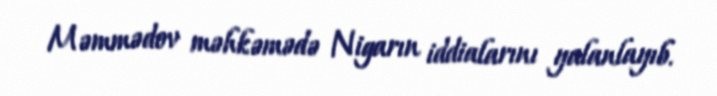
Məmmədov məhkəmədə Nigarın iddialarını yalanlayıb.